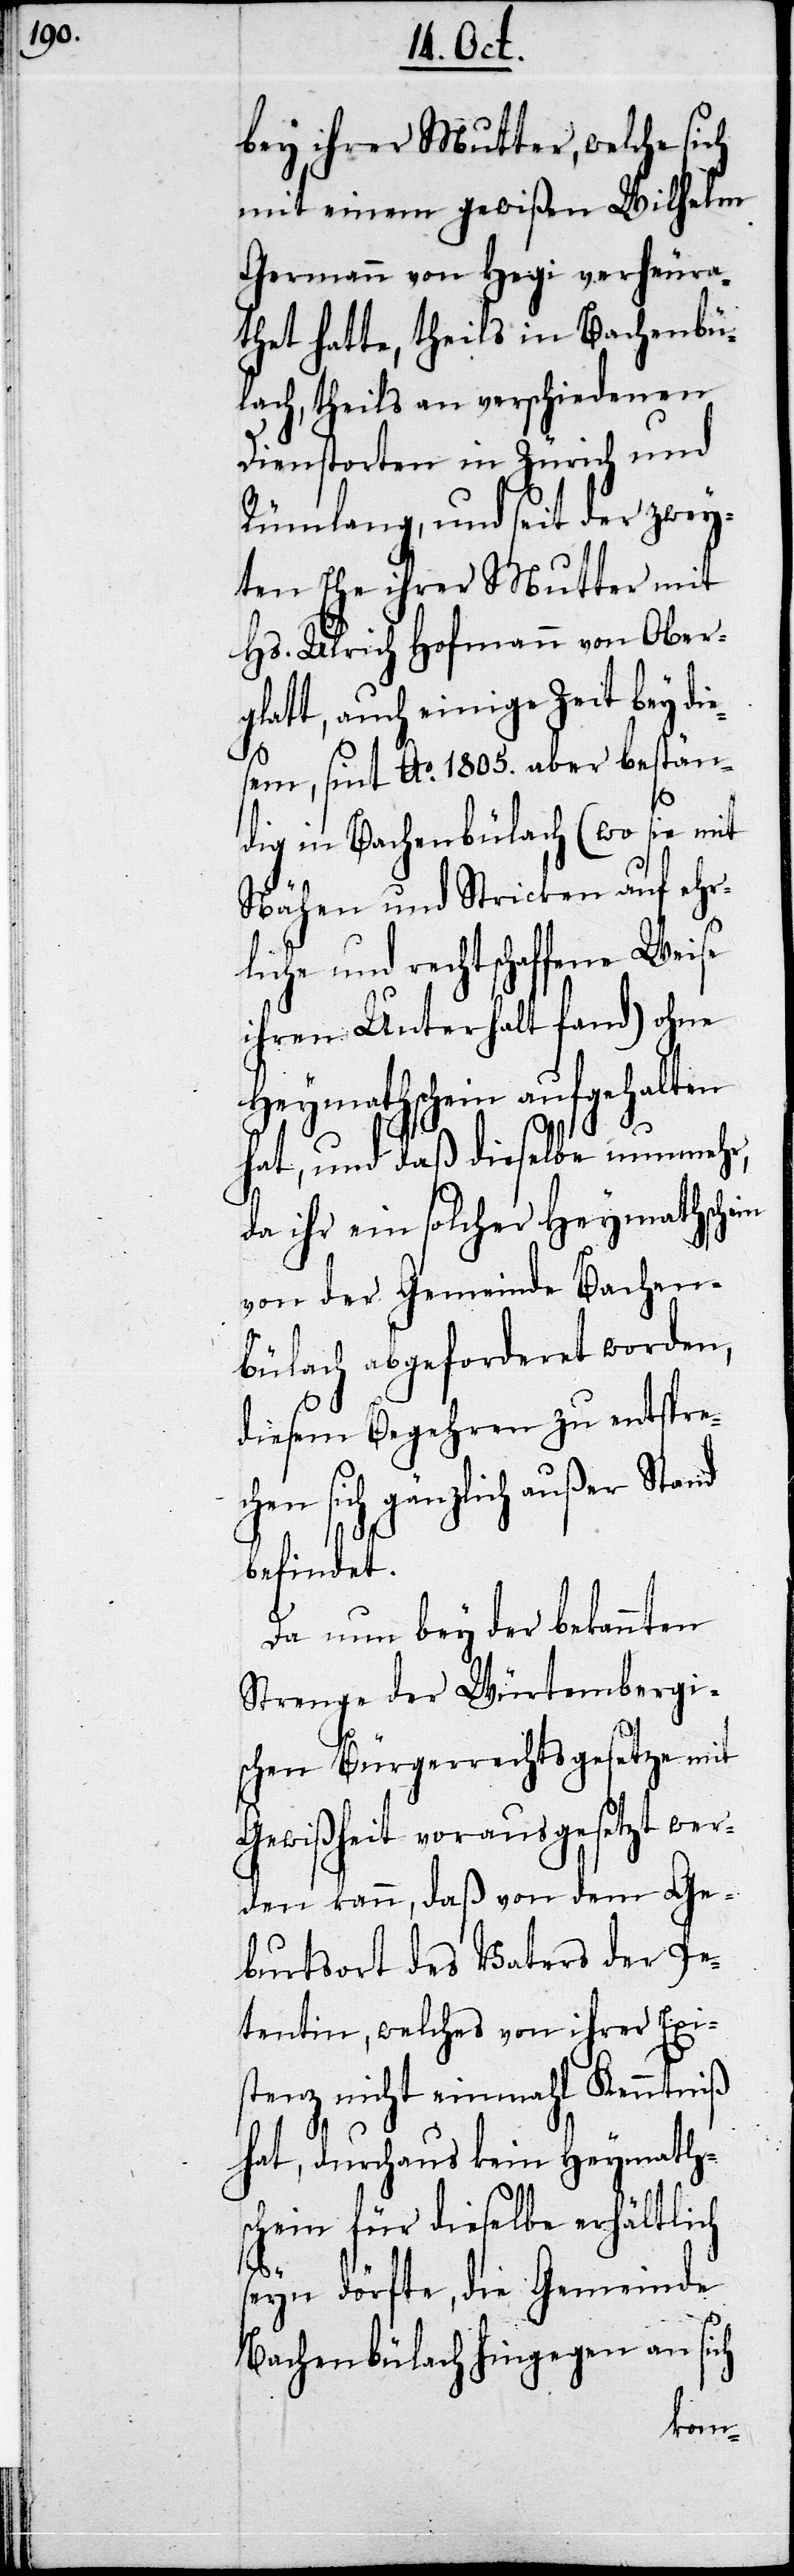
bey ihrer Mutter, welche sich
mit einem gewißen Wilhelm
Hermann von Hegi verheura¬
thet hatte, theils in Bachenbü¬
lach, theils an verschiedenen
Dienstorten in Zürich und
Rümlang, und seit der zwey¬
ten Ehe ihrer Mutter mit
Hs. Ulrich Hofmann von Ober¬
glatt, auch einige Zeit bey di¬
esem, sint Ao. 1805. aber bestän¬
dig in Bachenbülach (wo sie mit
Nähen und Stricken auf ehr¬
liche und rechtschaffene Weise
ihren Unterhalt fand) ohne
Heymathschein aufgehalten
hat, und daß dieselbe nunmehr,
da ihr ein solcher Heymathschein
von der Gemeinde Bachen¬
bülach abgeforderet worden,
diesem Begehren zu entspre¬
chen sich gänzlich außer Stand
befindet.
Da nun bey der bekannten
Strenge der Würtembergi¬
schen Bürgerrechtsgesetze mit
Gewißheit vorausgesetzt wer¬
den kann, daß von dem Ge¬
burtsort des Vaters der Pe¬
tentin, welches von ihrer Exi¬
stenz nicht einmahl Kenntniß
hat, durchaus kein Heymath¬
schein für dieselbe erhältlich
seyn dörfte, die Gemeinde
Bachenbülach hingegen an sich